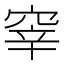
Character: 𱷀